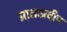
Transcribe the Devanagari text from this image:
प्रातःप्रदीप